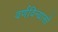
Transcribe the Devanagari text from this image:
वर्णविन्यासों